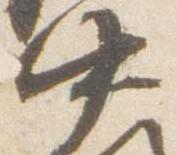
中